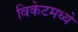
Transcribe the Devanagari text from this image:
विकेटमध्ये